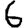
Digit: 6